Report on vaccination in Madras 1877-1894 - 1877-1894
Year: 1877
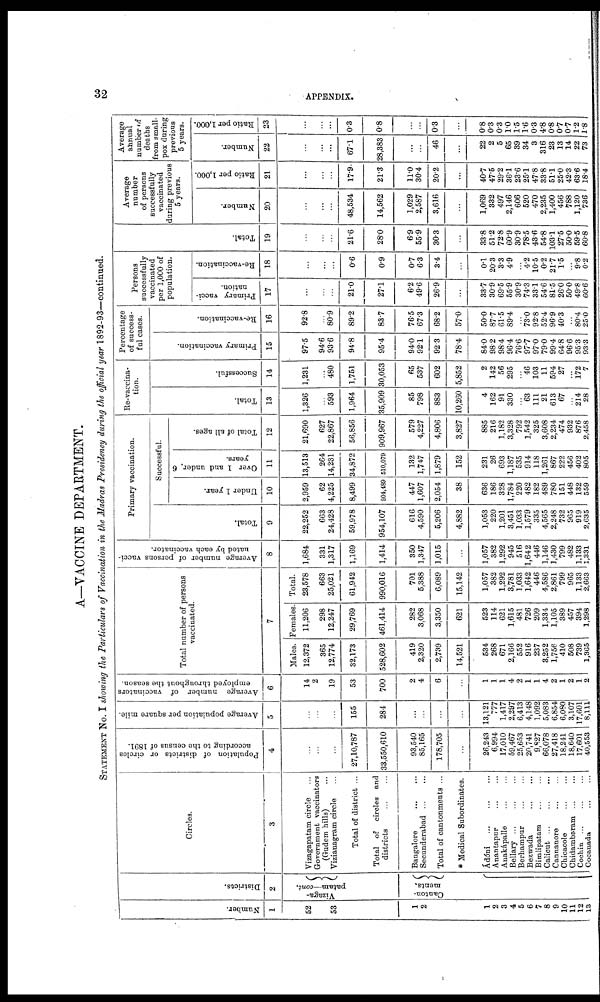
32
APPENDIX.
A—VACCINE DEPARTMENT.
STATEMENT NO. I showing the Particulars of Vaccination in the Madras Presidency during the official year 1892-93—continued.
Number.
1
52
53
1
2
1
2
3
4
5
6
7
8
9
10
11
12
13
Districts.
2
Vizaga.
patam—cont.
Canton-
ments.
Circles.
3
Yizagapatam circle ...
Government vaccinators
(Gudem hills) ...
Vizianagram circle...
Total of district ...
Total of circles and
districts
...
...
Bangalore
...
...
Secunderabad ... ...
Total of cantonments ...
* Medical Subordinates.
Ádóni
...
...
...
Anantapur ... ...
Anakápalle
...
...
Bellary
...
...
...
Berhampur
...
...
Bezwada
...
...
Bimlipatam ... ...
Calicut
...
...
...
Cannanore ... ...
Chicacole ... ...
Chidambaram ...
Cochin ... ... ...
Cocanada ... ...
Population of districts or circles
according to the census of 1891.
4
...
...
...
27,10,787
33,550,610
93,540
85,165
178,705
...
26,243
6,994
17,010
59,467
25,653
20,741
9,827
66,078
27,418
18,241
18,640
17,601
40,553
Average population per square mile.
5
...
...
...
155
284
...
...
...
...
13,121
777
1,417
2,297
6,413
4,148
1,092
5,083
6,854
6,080
3,107
17,601
8,111
Average number of vaccinators
employed throughout the season.
6
14
2
19
53
700
2
4
6
...
1
1
1
4
2
1
1
4
2
1
2
1
2
Total number of persons
vaccinated.
7
Males.
12,372
365
12,774
32,173
528,602
419
2,320
2,739
14,521
534
268
671
2,166
552
916
237
3,252
1,756
410
508
739
1,365
Females.
11,206
298
12,247
29,769
461,414
282
3,068
3,350
621
523
114
621
1,615
481
726
209
1,334
1,105
389
457
394
1,298
Total.
23,578
663
25,021
61,942
990,016
701
5,388
6,089
15,142
1,057
382
1,292
3,781
1,033
1,642
446
4,586
2,861
799
965
1,133
2,663
Average number of persons vacci-
nated by each vaccinator.
8
1,684
331
1,317
1,169
1,414
350
1,347
1,015
...
1,057
382
1,292
945
516
1,642
446
1,146
1,430
799
482
1,133
1,331
Primary vaccination.
Total.
9
22,252
663
24,428
59,978
954,107
616
4,590
5,206
4,882
1,053
220
1,201
3,451
1,033
1,579
335
4,565
2,248
732
965
919
2,635
Successful.
Under 1 year.
10
2,959
62
4,225
8,499
204,480
447
1,607
2,054
38
636
186
328
1,784
220
482
182
489
780
151
448
182
559
Over 1 and under, 6
years.
11
13,513
264
14,231
34,872
510,079
132
1,747
1,879
152
231
26
693
1,187
535
914
118
1,261
867
222
456
402
805
Total of all ages.
12
21,690
627
22,867
56,856
909,967
579
4,227
4,806
3,827
885
216
1,182
3,328
792
1,542
325
3,608
2,234
474
932
876
2,458
Re-vaccina-
tion.
Total.
13
1,326
...
593
1,964
35,909
85
798
883
10,260
4
162
91
330
...
63
111
21
613
67
...
214
28
Successful.
14
1,231
...
480
1,751
30,053
65
537
602
5,852
2
142
56
295
...
46
103
11
594
27
...
172
7
Percentage
of success-
ful cases.
Primary vaccination.
15
97.5
94.6
93.6
94.8
95.4
94.0
92.1
92.3
78.4
84.0
98.2
98.4
96.4
76.6
97.7
97.0
79.0
99.4
64.8
96.6
95.3
93.3
Re-vaccination.
16
92.8
...
80.9
89.2
83.7
76.5
67.3
68.2
57.0
50.0
87.7
61.5
89.4
...
73.0
92.8
52.4
96.9
40.3
...
80.4
25.0
Persons
successfully
vaccinated
per 1,000 of
population.
Primary vacci-
nation.
17
...
...
...
21.0
27.1
6.2
49.6
26.9
...
33.7
30.9
69.5
55.9
30.9
74.3
33.1
54.6
81.5
26.0
50.0
49.8
60.6
Re-vaccination.
18
...
...
...
0.6
0.9
0.7
6.3
3.4
...
0.1
20.3
3.3
4.9
...
4.2
10.5
0.2
21.7
1.5
...
9.8
0.2
Total.
19
...
...
...
21.6
28.0
6.9
55.9
30.3
...
33.8
51.2
72.8
60.9
30.9
78.5
43.6
54.8
103.1
27.5
50.0
59.5
60.8
Average
number
of persons
successfully
vaccinated
during previous
5 years.
Number.
20
...
...
...
48,534
14,562
1,029
2,587
3,616
...
1,069
332
497
2,146
606
520
470
2,235
1,400
456
788
1,120
736
Ratio per 1,000.
21
...
...
...
17.9
21.3
11.0
30.4
20.2
...
40.7
47.5
29.2
36.1
23.6
25.1
47.8
33.8
51.1
25.0
42.3
63.6
18.4
Average
annual
number of
deaths
from small-
pox during
previous
5 years.
Number.
22
...
...
...
67.1
28,383
...
...
46
...
22
2
5
65
39
34
3
316
23
13
14
22
73
Ratio per 1,000.
23
...
...
...
0.3
0.8
...
...
0.3
...
0.8
0.3
0.3
1.0
1.5
1.6
0.3
4.8
0.8
0.7
0.7
1.2
1.8